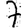
Digit: 7